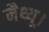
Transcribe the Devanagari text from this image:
मैथ्यू।